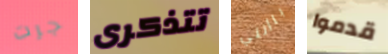
جرت تتذكرى باأنني قدموا